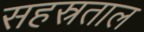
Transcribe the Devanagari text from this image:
सहस्रताल